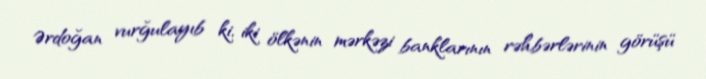
Ərdoğan vurğulayıb ki, iki ölkənin mərkəzi banklarının rəhbərlərinin görüşü